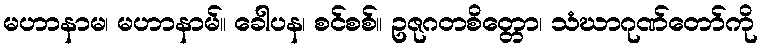
မဟာနာမ၊ မဟာနာမ်။ ခေါပန၊ စင်စစ်။ ဥဇုဂတစိတ္တော၊ သံဃာဂုဏ်တော်ကို